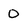
Character: 0